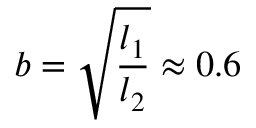
b = \sqrt { \frac { l _ { 1 } } { l _ { 2 } } } \approx 0 . 6